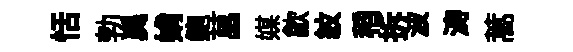
恬勃異姢鲍菖媒歙紋稻拆波涛蒿